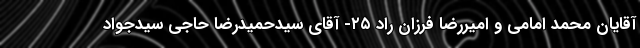
آقایان محمد امامی و امیررضا فرزان راد ۲۵- آقای سیدحمیدرضا حاجی سیدجواد